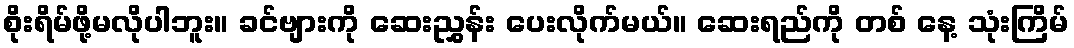
စိုးရိမ်ဖို့မလိုပါဘူး။ ခင်ဗျားကို ဆေးညွှန်း ပေးလိုက်မယ်။ ဆေးရည်ကို တစ် နေ့ သုံးကြိမ်